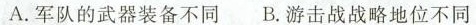
A.军队的武器装备不同B.游击战战略地位不同